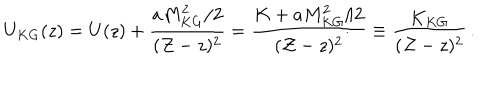
U _ { K G } ( z ) = U ( z ) + { \frac { a M _ { K G } ^ { 2 } / 2 } { ( { \cal Z } - z ) ^ { 2 } } } = { \frac { K + a M _ { K G } ^ { 2 } / 2 } { ( { \cal Z } - z ) ^ { 2 } } } \equiv { \frac { K _ { K G } } { ( { \cal Z } - z ) ^ { 2 } } } \, .